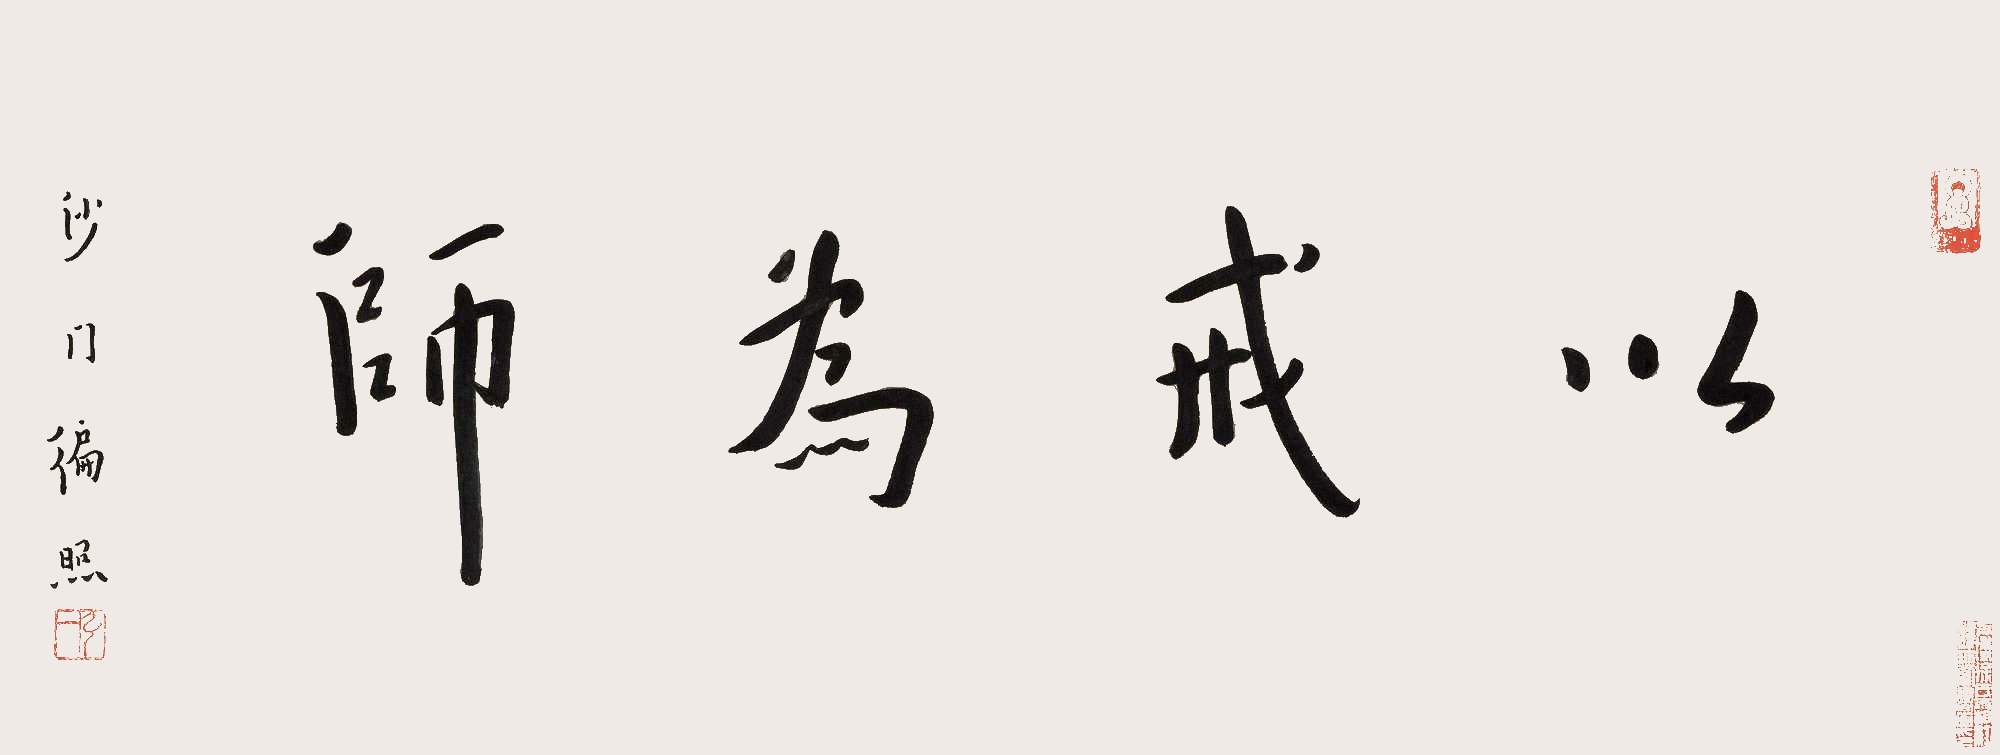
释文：以戒为师沙门遍照。